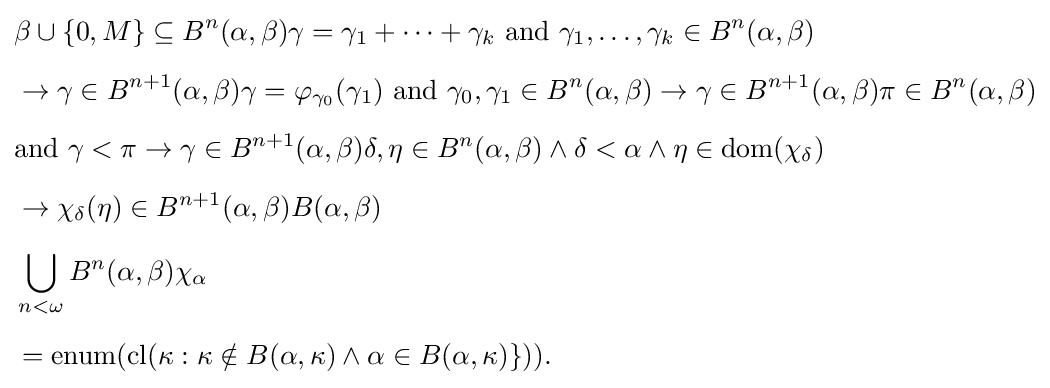
{\begin{aligned}&\beta \cup \{0,M\}\subseteq B^{n}(\alpha ,\beta )\gamma =\gamma _{1}+\cdots +\gamma _{k}{\text{ and }}\gamma _{1},\ldots ,\gamma _{k}\in B^{n}(\alpha ,\beta )\\[5pt]&\rightarrow \gamma \in B^{n+1}(\alpha ,\beta )\gamma =\varphi _{\gamma _{0}}(\gamma _{1}){\text{ and }}\gamma _{0},\gamma _{1}\in B^{n}(\alpha ,\beta )\rightarrow \gamma \in B^{n+1}(\alpha ,\beta )\pi \in B^{n}(\alpha ,\beta )\\[5pt]&{\text{and }}\gamma <\pi \rightarrow \gamma \in B^{n+1}(\alpha ,\beta )\delta ,\eta \in B^{n}(\alpha ,\beta )\land \delta <\alpha \land \eta \in \operatorname {dom} (\chi _{\delta })\\[5pt]&\rightarrow \chi _{\delta }(\eta )\in B^{n+1}(\alpha ,\beta )B(\alpha ,\beta )\\[5pt]&\bigcup _{n<\omega }B^{n}(\alpha ,\beta )\chi _{\alpha }\\[5pt]&=\operatorname {enum} (\operatorname {cl} (\kappa :\kappa \notin B(\alpha ,\kappa )\land \alpha \in B(\alpha ,\kappa )\})).\end{aligned}}